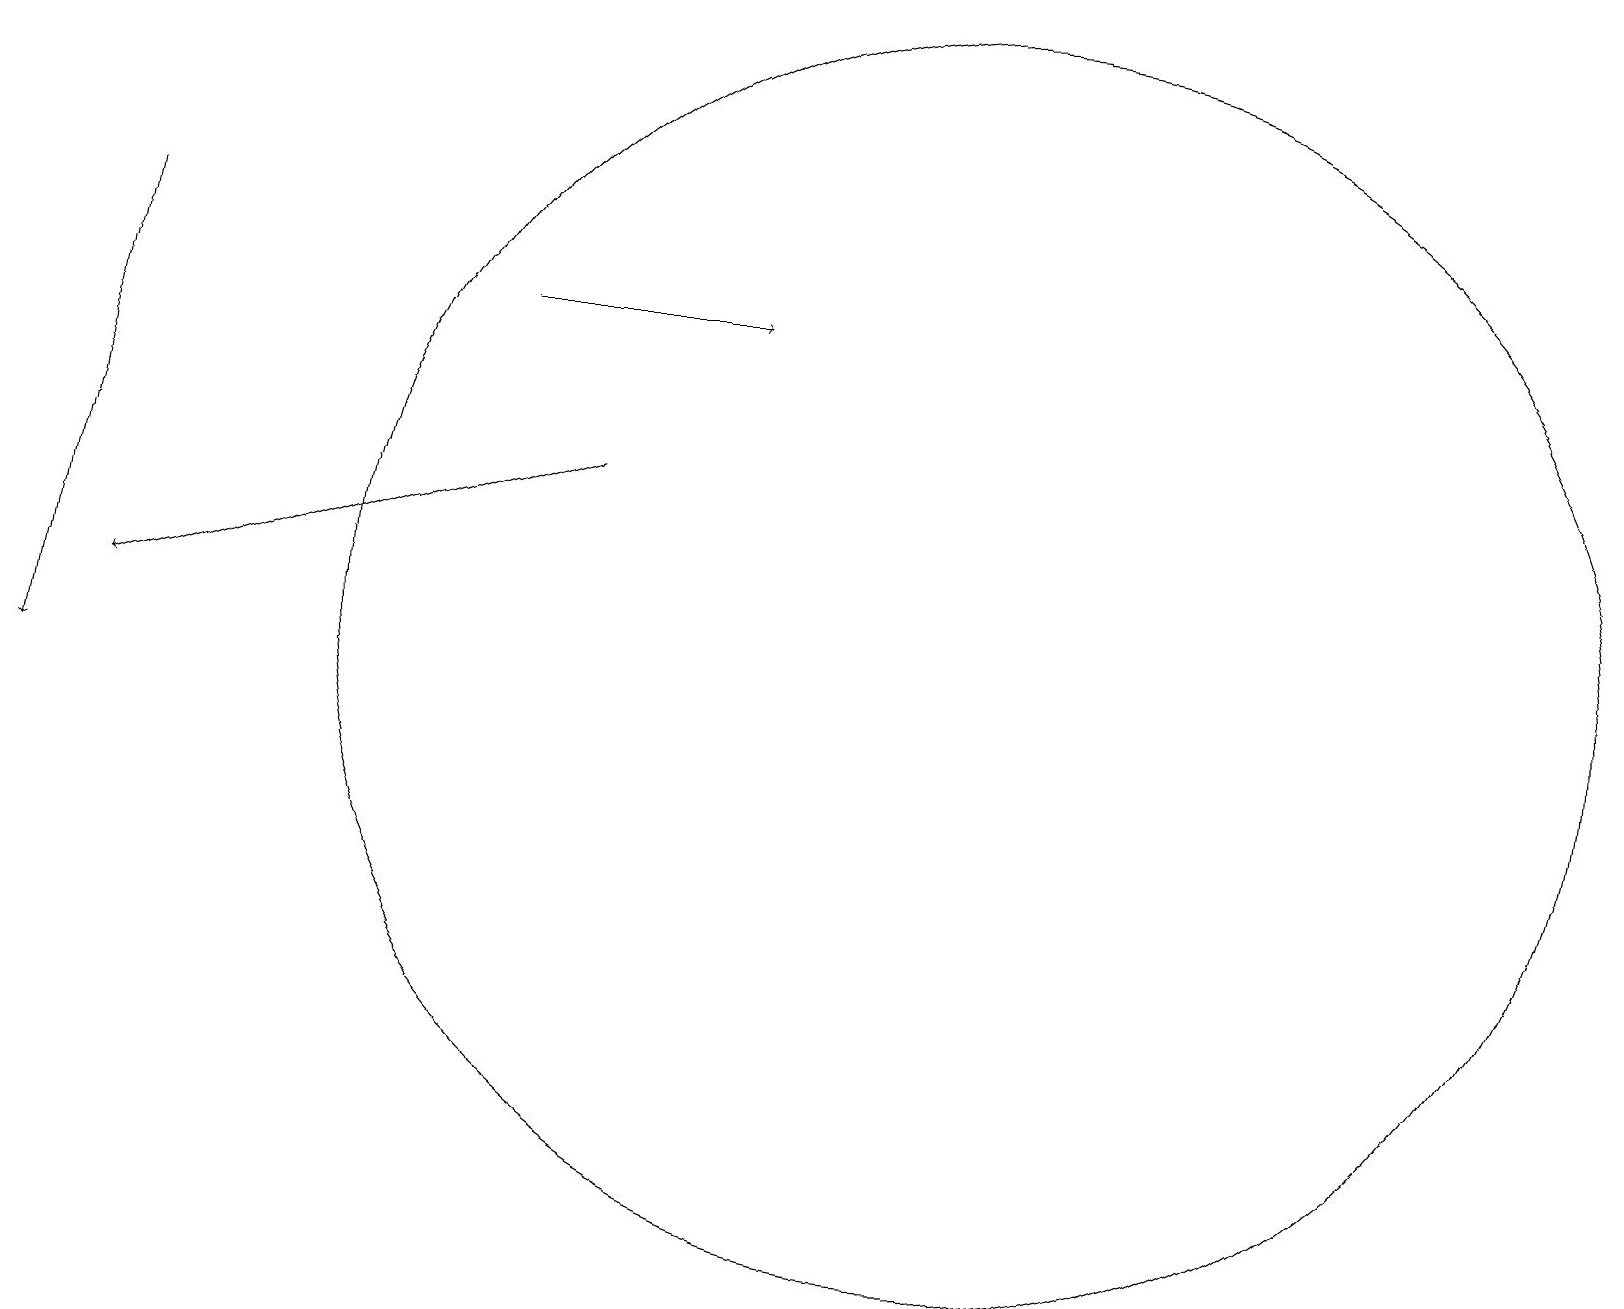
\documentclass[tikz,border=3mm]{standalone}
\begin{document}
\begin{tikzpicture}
\draw[->] (6,15) -- (9,15);
\draw (12,11) circle (8);
\draw (11,11) circle (0);
\draw[->] (1,16) -- (0,10);
\draw[->] (7,13) -- (1,11);
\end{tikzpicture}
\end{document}